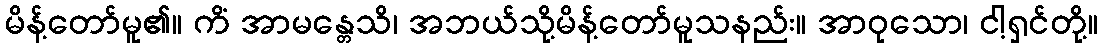
မိန့်တော်မူ၏။ ကိံ အာမန္တေသိ၊ အဘယ်သို့မိန့်တော်မူသနည်း။ အာဝုသော၊ ငါ့ရှင်တို့။